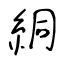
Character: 絧